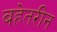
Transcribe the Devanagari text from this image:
बहेतरीन